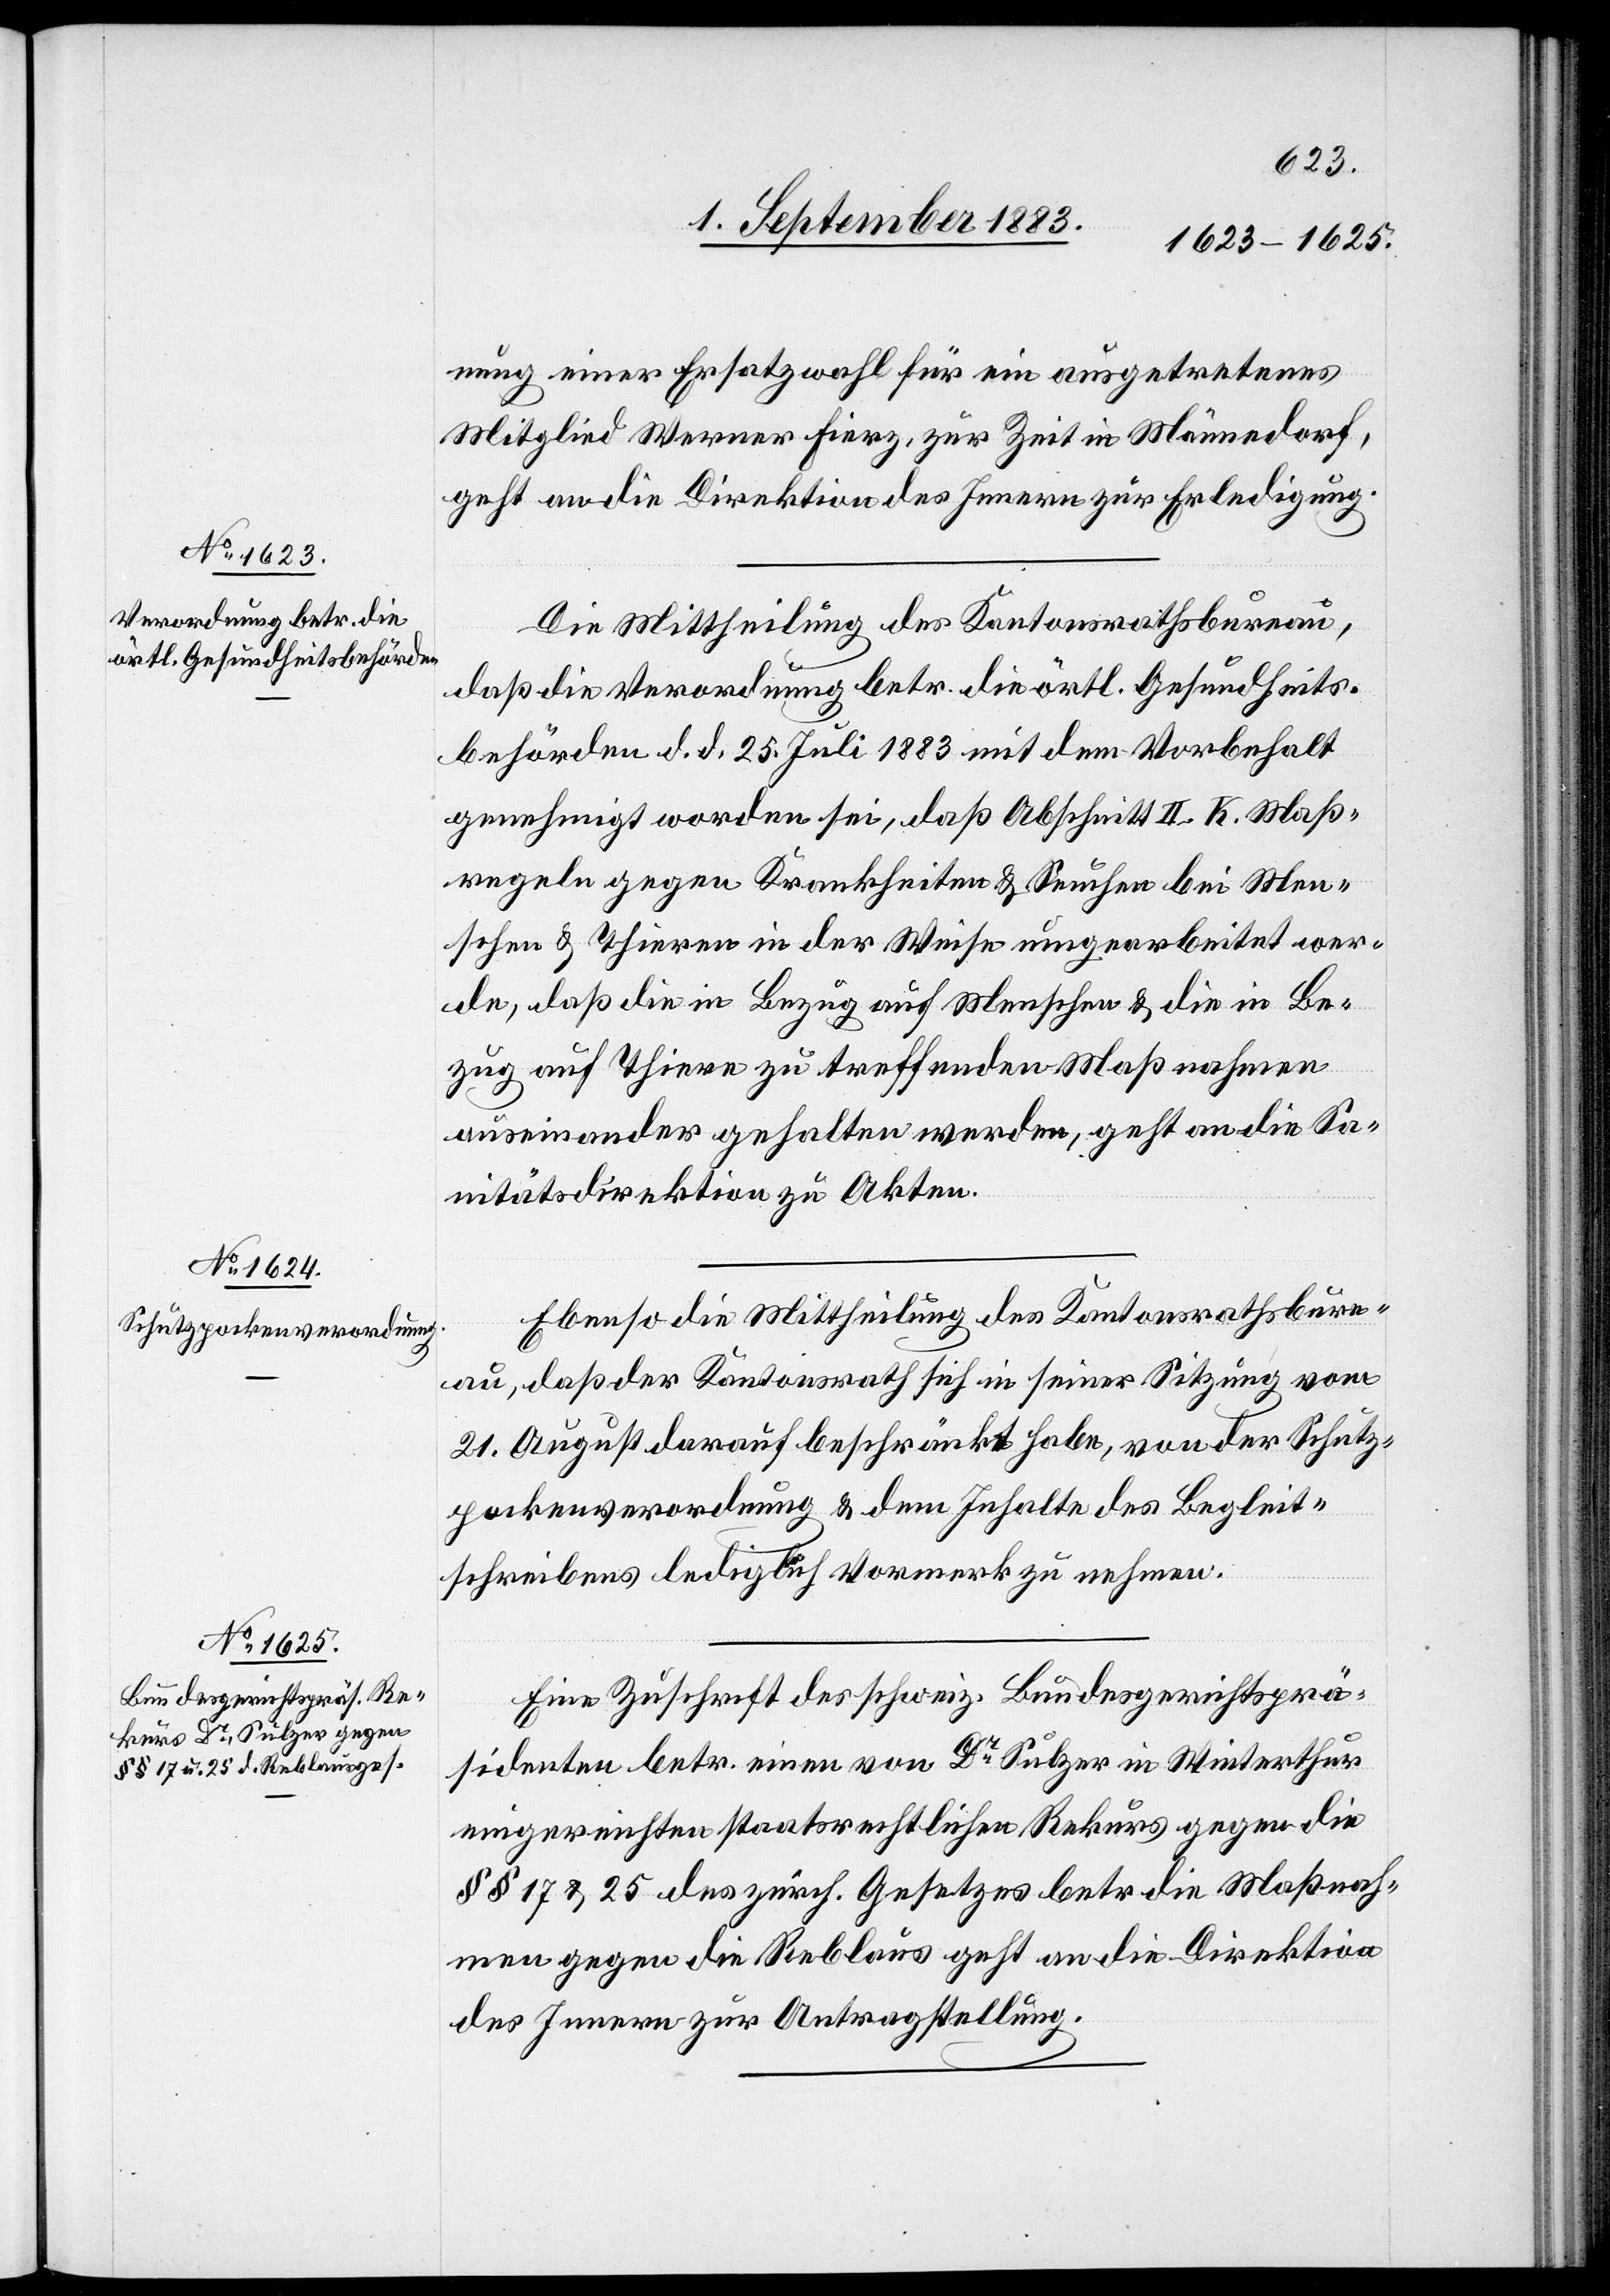
nung einer Ersatzwahl für ein ausgetretenes
Mitglied Werner Fierz, zur Zeit in Männedorf,
geht an die Direktion des Innern zur Erledigung.
Die Mittheilung des Kantonsrathsbureau,
daß die Verordnung betr. die örtl. Gesundheits¬
behörden d. d. 25. Juli 1883 mit dem Vorbehalt
genehmigt worden sei, daß Abschnitt II. K. Maß¬
regeln gegen Krankheiten & Seuchen bei Men¬
schen & Thieren in der Weise umgearbeitet wer¬
de, daß die in Bezug auf Menschen & die in Be¬
zug auf Thiere zu treffenden Maßnahmen
auseinander gehalten werden, geht an die Sa¬
nitätsdirektion zu Akten.
Ebenso die Mittheilung des Kantonsrathsbure¬
au, daß der Kantonsrath sich in seiner Sitzung vom
21. August darauf beschränkt habe, von der Schutz¬
pockenverordnung & dem Inhalte des Begleit¬
schreibens lediglich Vormerk zu nehmen.
Eine Zuschrift des schweiz. Bundesgerichtsprä¬
sidenten betr. einen von Dr Sulzer in Winterthur
eingereichten staatsrechtlichen Rekurs gegen die
§§ 17 & 25 des zürch. Gesetzes betr. die Maßnah¬
men gegen die Reblaus geht an die Direktion
des Innern zur Antragstellung.